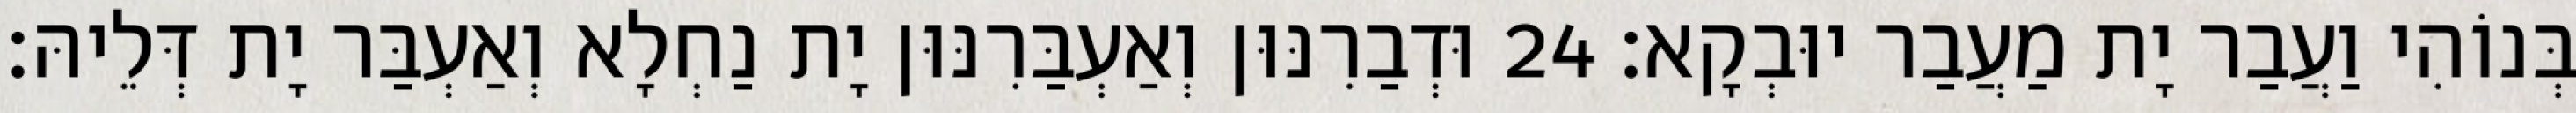
בְּנוֹהִי וַעֲבַר יָת מַעֲבַר יוּבְקָא׃ 24 וּדְבַרִנּוּן וְאַעְבַּרִנּוּן יָת נַחְלָא וְאַעְבַּר יָת דְּלֵיהּ׃